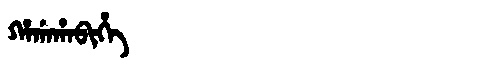
Manchu: ᡥᠠᡤᠠᡥᠠᠪᡳᡥᡝ
Romanization: HAGAHABIHE